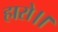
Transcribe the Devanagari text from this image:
हारो।।